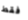
فقط